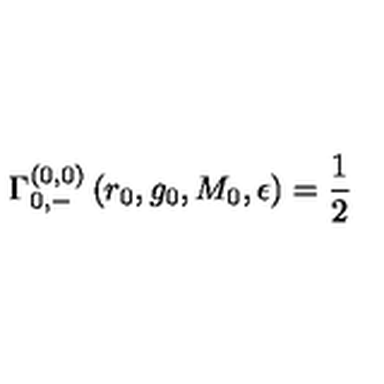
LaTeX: \Gamma _ { 0 , - } ^ { ( 0 , 0 ) } \left( r _ { 0 } , g _ { 0 } , M _ { 0 } , \epsilon \right) = \frac { 1 } { 2 }